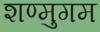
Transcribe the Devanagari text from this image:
शण्मुगम